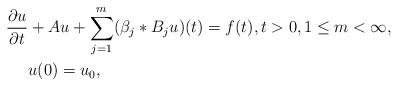
LaTeX: \begin{align*} \frac{\partial u}{\partial t} &+ Au + \sum\limits_{j=1}^m (\beta_j *B_ju)(t) = f(t), t >0, 1\leq m <\infty, \\ & u(0)=u_0, \end{align*}